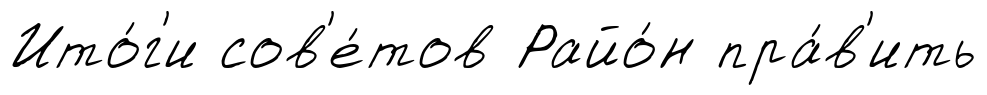
Ито́г'и сов'е́тов Райо́н пра́в'ить